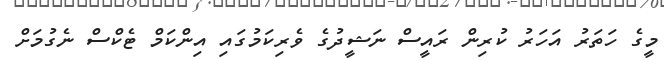
މީގެ ހަތަރު އަހަރު ކުރިން ރައީސް ނަޝީދުގެ ވެރިކަމުގައި އިންކަމް ޓެކްސް ނެގުމަށް